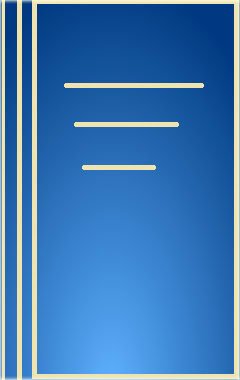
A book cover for Color Atlas Of Large Animal Applied Anatomy, 1e; Hilary M. Clayton BVSc  PhD  MRCVS; Medical Books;